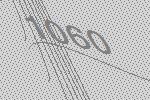
1060